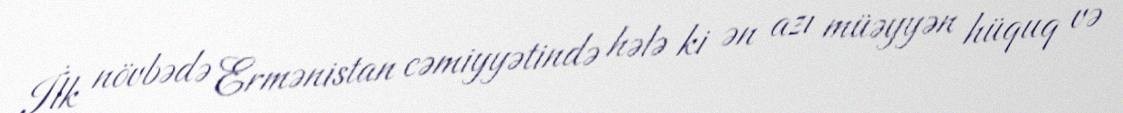
İlk növbədə Ermənistan cəmiyyətində hələ ki ən azı müəyyən hüquq və